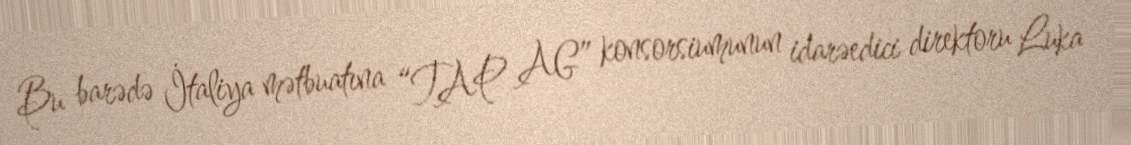
Bu barədə İtaliya mətbuatına “TAP AG” konsorsiumunun idarəedici direktoru Luka